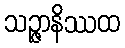
သဉ္ဇာနိဿထ